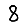
Digit: 8